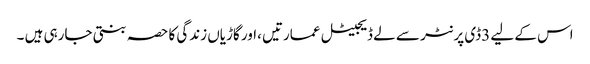
اس کے لیے 3ڈی پرنٹر سے لے ڈیجیٹل عمارتیں ،اور گاڑیاں زندگی کا حصہ بنتی جارہی ہیں ۔